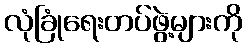
လုံခြုံရေးတပ်ဖွဲ့များကို